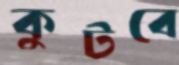
কুটবে